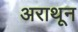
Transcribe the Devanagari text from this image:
अराथून